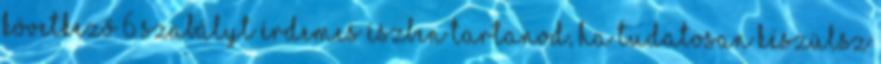
következő 6 szabályt érdemes észben tartanod, ha tudatosan készülsz